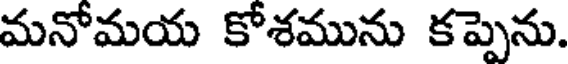
మనోమయ కోశమును కప్పెను.